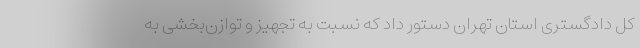
کل دادگستری استان تهران دستور داد که نسبت به تجهیز و توازن‌بخشی به